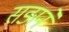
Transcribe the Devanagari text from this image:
सङाने